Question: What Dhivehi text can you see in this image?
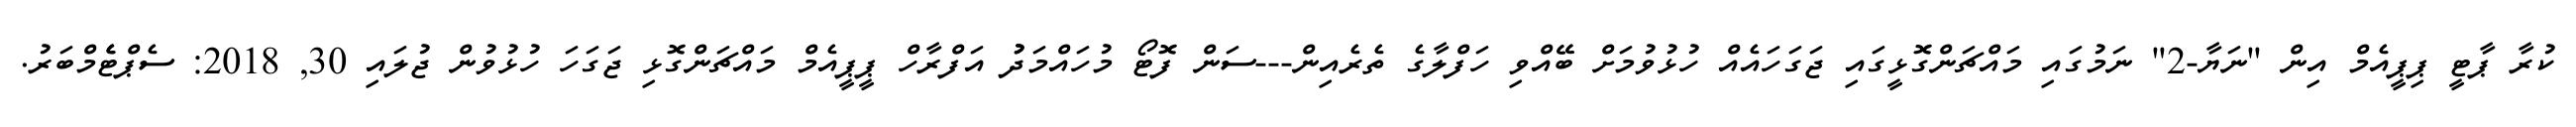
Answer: ކުރާ ޕާޓީ ޕިޕީއެމް އިން "ނަޔާ-2" ނަމުގައި މައްޗަންގޮޅީގައި ޖަގަހައެއް ހުޅުވުމަށް ބޭއްވި ހަފްލާގެ ތެރެއިން---ސަން ފޮޓޯ މުހައްމަދުު އަފްރާހް ޕީޕީއެމް މައްޗަންގޮޅި ޖަގަހަ ހުޅުވުން ޖުލައި 30, 2018: ސެޕްޓެެމްބަރު.